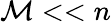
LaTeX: \mathcal{M}<<n